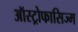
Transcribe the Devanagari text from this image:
ऑस्ट्रोफासिज्म